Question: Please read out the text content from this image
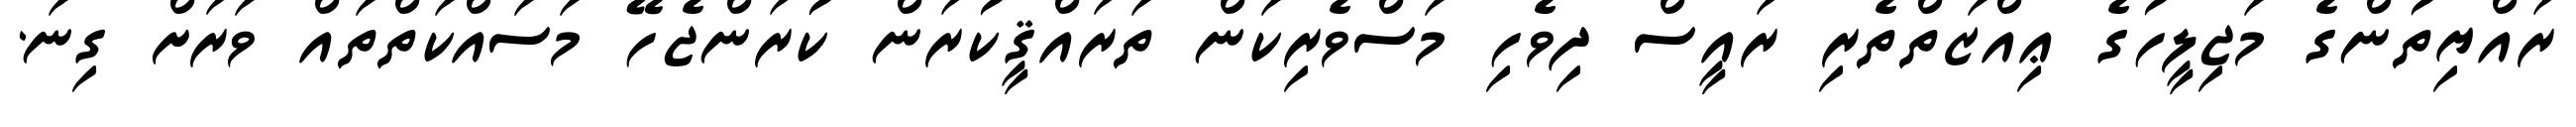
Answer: ރައްޔިތުންގެ މަޖިލީހުގެ ޢިއްޒަތްތެރި ރައީސް ދިވެހި މަސްވެރިކަން ތަރައްޤީކުރަން ކުރަންޖެހޭ މަސައްކަތްތައް ވަރަށް ގިނަ.